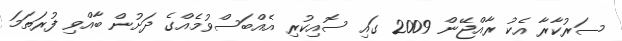
ސަރުކާރާ އެކު ރާއްޖޭން 2009 ގައި ސޮއިކުރި އެއްބަސްވުމެއްގެ ދަށުން ބާއްވި ފުރަތަމަ